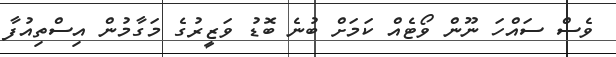
ވެސް ސައްހަ ނޫން ވޯޓެއް ކަމަށް ބުނެ ބޮޑު ވަޒީރުގެ މަގާމުން އިސްތިއުފާ